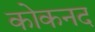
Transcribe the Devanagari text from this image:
कोकनद